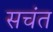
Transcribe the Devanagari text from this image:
सचंत